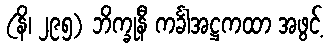
(နိ၊ ၂၉၅) ဘိက္ခုနီ ကင်္ခါအဋ္ဌကထာ အဖွင့်